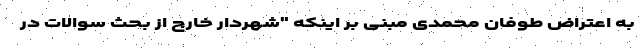
به اعتراض طوفان محمدی مبنی بر اینکه "شهردار خارج از بحث سوالات در